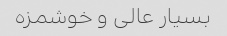
بسیار عالى و خوشمزه